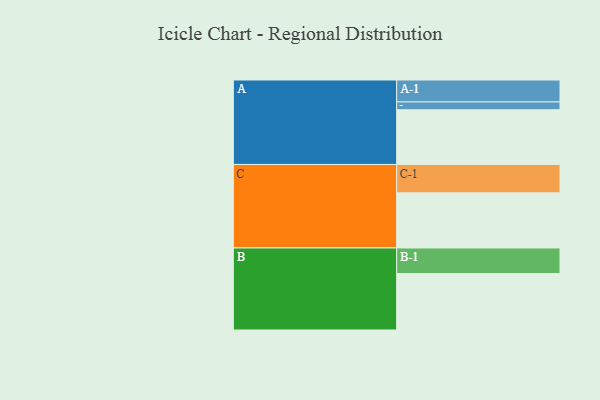
{"axis": {"x": "Segment", "y": "Value"}, "legend": ["", "A", "B", "C"], "data": [{"x": "A", "y": 516, "type": ""}, {"x": "B", "y": 533, "type": ""}, {"x": "C", "y": 520, "type": ""}, {"x": "A-1", "y": 207, "type": "A"}, {"x": "A-2", "y": 74, "type": "A"}, {"x": "B-1", "y": 241, "type": "B"}, {"x": "C-1", "y": 268, "type": "C"}]}